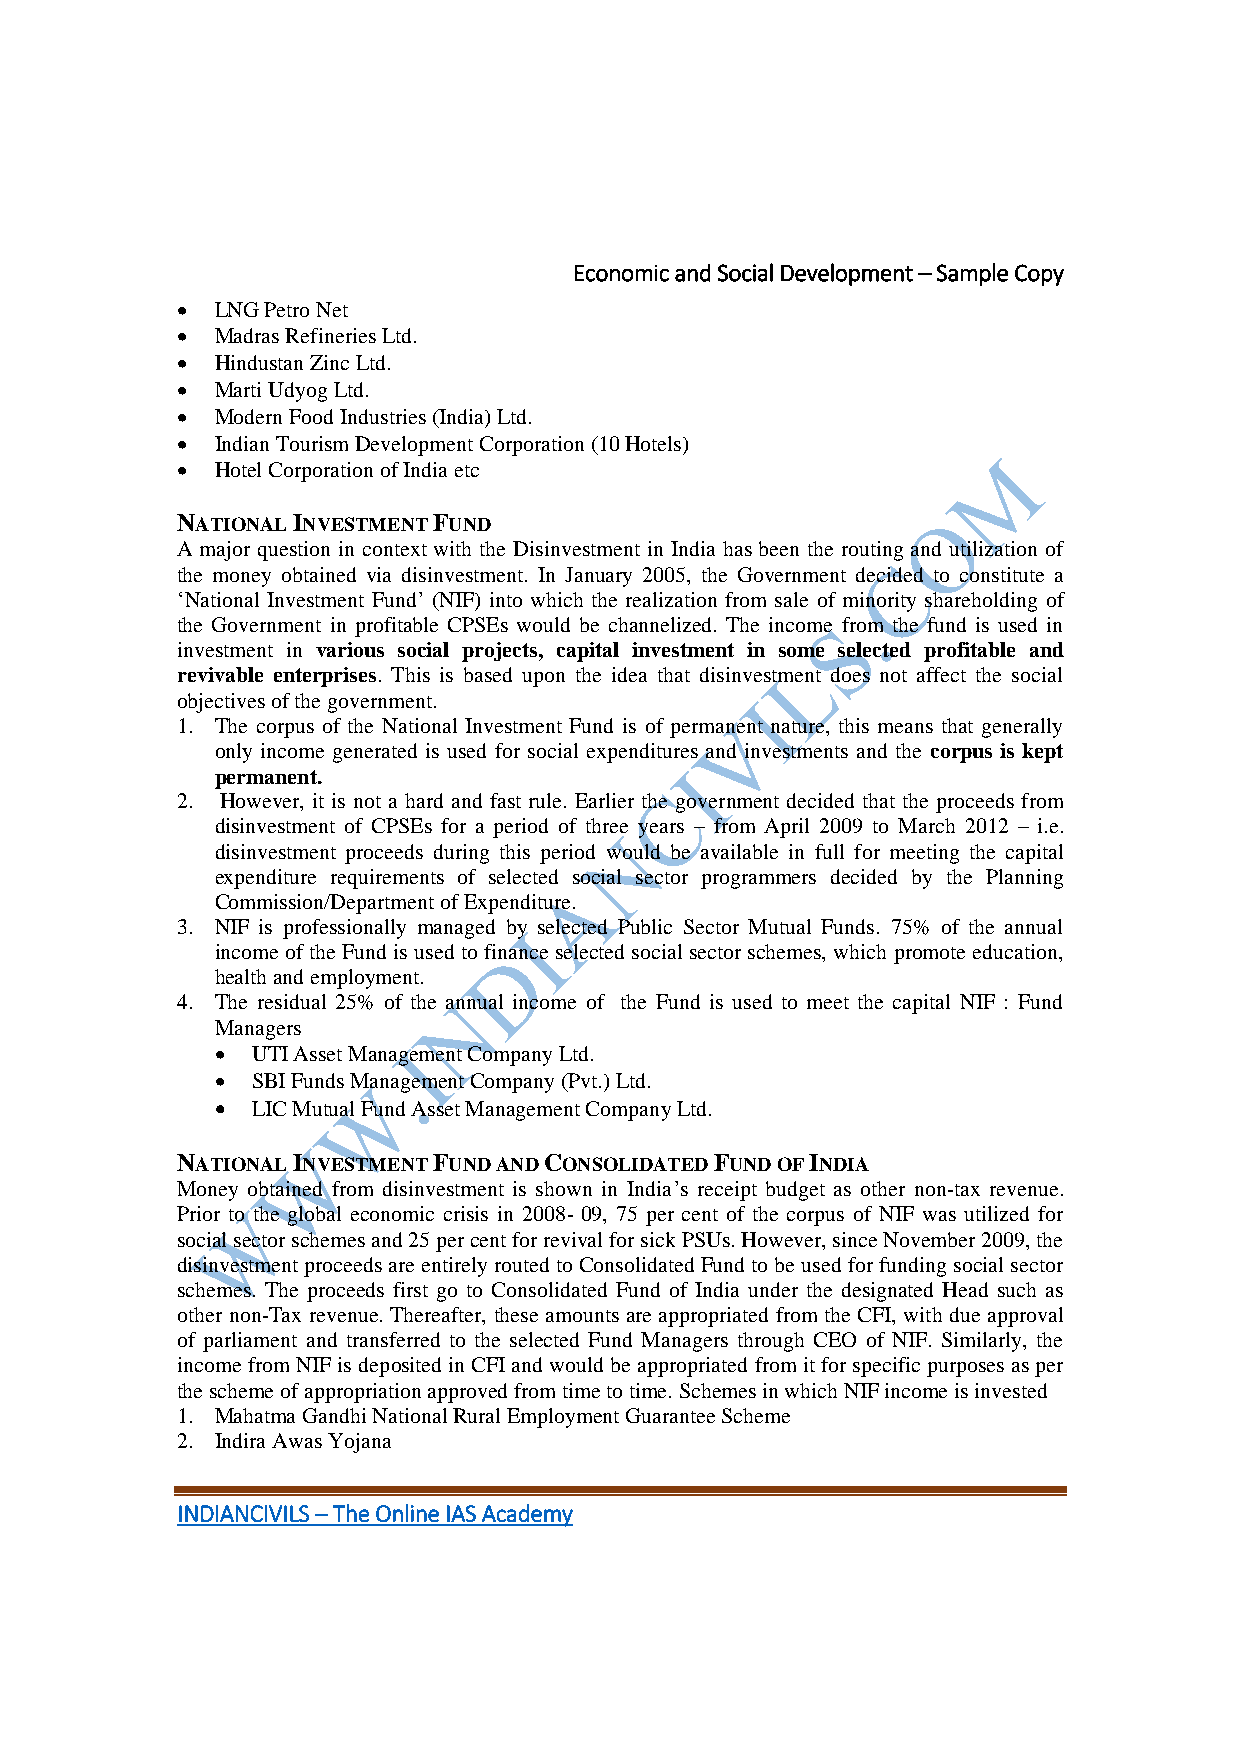
Economic and Social Development – Sample Copy
  LNG Petro Net
  Madras Refineries Ltd.
  Hindustan Zinc Ltd.
  Marti Udyog Ltd.
  Modern Food Industries (India) Ltd.
  Indian Tourism Development Corporation (10 Hotels)
  Hotel Corporation of India etc
 NATIONAL INVESTMENT FUND
 A major question in context with the Disinvestment in India has been the routing and utilization of
 the money obtained via disinvestment. In January 2005, the Government decided to constitute a
 ‘National Investment Fund’ (NIF) into which the realization from sale of minority shareholding of
 the Government in profitable CPSEs would be channelized. The income from the fund is used in
 investment in various social projects, capital investment in some selected profitable and
 revivable enterprises. This is based upon the idea that disinvestment does not affect the social
 objectives of the government.
 1. The corpus of the National Investment Fund is of permanent nature, this means that generally
 only income generated is used for social expenditures and investments and the corpus is kept
 permanent.
 2. However, it is not a hard and fast rule. Earlier the government decided that the proceeds from
 disinvestment of CPSEs for a period of three years – from April 2009 to March 2012 – i.e.
 disinvestment proceeds during this period would be available in full for meeting the capital
 expenditure requirements of selected social sector programmers decided by the Planning
 Commission/Department of Expenditure.
 3. NIF is professionally managed by selected Public Sector Mutual Funds. 75% of the annual
 income of the Fund is used to finance selected social sector schemes, which promote education,
 health and employment.
 4. The residual 25% of the annual income of the Fund is used to meet the capital NIF : Fund
 Managers
   UTI Asset Management Company Ltd.
   SBI Funds Management Company (Pvt.) Ltd.
   LIC Mutual Fund Asset Management Company Ltd.
 NATIONAL INVESTMENT FUND AND CONSOLIDATED FUND OF INDIA
 Money obtained from disinvestment is shown in India’s receipt budget as other non-tax revenue.
 Prior to the global economic crisis in 2008- 09, 75 per cent of the corpus of NIF was utilized for
 social sector schemes and 25 per cent for revival for sick PSUs. However, since November 2009, the
 disinvestment proceeds are entirely routed to Consolidated Fund to be used for funding social sector
 schemes. The proceeds first go to Consolidated Fund of India under the designated Head such as
 other non-Tax revenue. Thereafter, these amounts are appropriated from the CFI, with due approval
 of parliament and transferred to the selected Fund Managers through CEO of NIF. Similarly, the
 income from NIF is deposited in CFI and would be appropriated from it for specific purposes as per
 the scheme of appropriation approved from time to time. Schemes in which NIF income is invested
 1. Mahatma Gandhi National Rural Employment Guarantee Scheme
 2. Indira Awas Yojana
 INDIANCIVILS – The Online IAS Academy